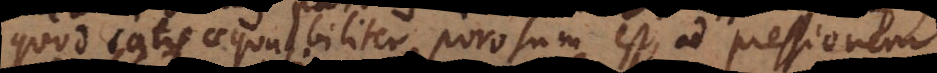
quod satis aequabiliter porosum est, ad pressionem